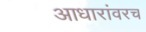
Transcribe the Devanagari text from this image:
आधारांवरच